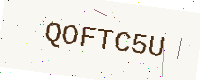
Text: QOFTC5U